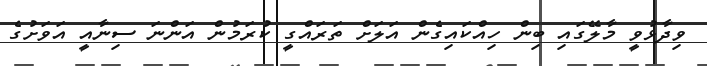
ވިދާޅުވީ މާލޭގައި ބިން ހިއްކައިގެން އަލަށް ތަރައްގީ ކުރަމުން އަންނަ ސިނާއީ އަވަށުގެ